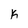
Character: K